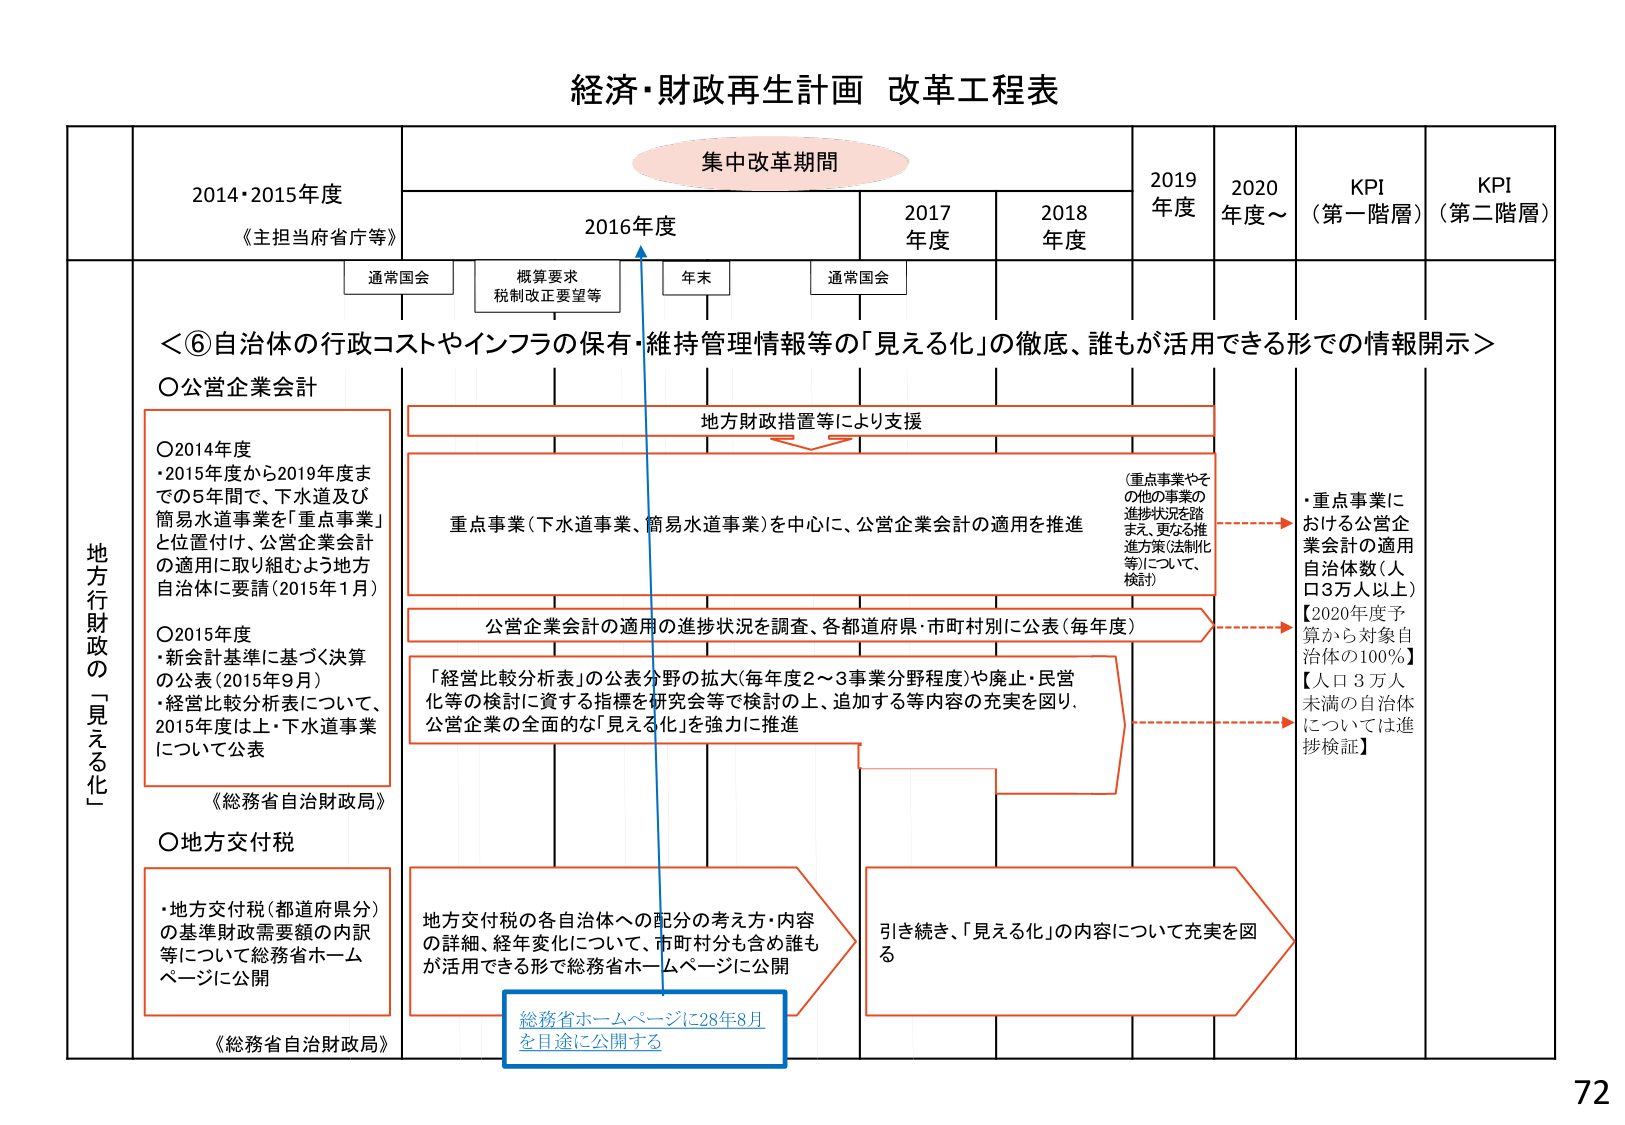
経済・財政再生計画 改革工程表

集中改革期間

2014・2015年度
《主担当府省庁等》

2016年度
通常国会
概算要求
税制改正要望等
年末
通常国会

2017年度

2018年度

2019年度

2020年度～

KPI
（第一階層）

KPI
（第二階層）

地方行財政の「見える化」

＜⑥自治体の行政コストやインフラの保有・維持管理情報等の「見える化」の徹底、誰もが活用できる形での情報開示＞

〇公営企業会計

〇2014年度
・2015年度から2019年度までの5年間で、下水道及び簡易水道事業を「重点事業」と位置付け、公営企業会計の適用に取り組むよう地方自治体に要請（2015年1月）

〇2015年度
・新会計基準に基づく決算の公表（2015年9月）
・経営比較分析表について、2015年度は上・下水道事業について公表

《総務省自治財政局》

〇地方交付税
・地方交付税（都道府県分）の基準財政需要額の内訳等について総務省ホームページに公開

《総務省自治財政局》

地方財政措置等により支援

重点事業（下水道事業、簡易水道事業）を中心に、公営企業会計の適用を推進

（重点事業やその他の事業の進捗状況を踏まえ、更なる推進方策（法制化等）について、検討）

公営企業会計の適用の進捗状況を調査、各都道府県・市町村別に公表（毎年度）

「経営比較分析表」の公表分野の拡大（毎年度2～3事業分野程度）や廃止・民営化等の検討に資する指標を研究会等で検討の上、追加する等内容の充実を図り、公営企業の全面的な「見える化」を強力に推進

地方交付税の各自治体への配分の考え方・内容の詳細、経年変化について、市町村分も含め誰もが活用できる形で総務省ホームページに公開

総務省ホームページに28年8月を目途に公開する

引き続き、「見える化」の内容について充実を図る

・重点事業における公営企業会計の適用自治体数（人口3万人以上）
【2020年度予算から対象自治体の100％】
【人口3万人未満の自治体については進捗検証】

72